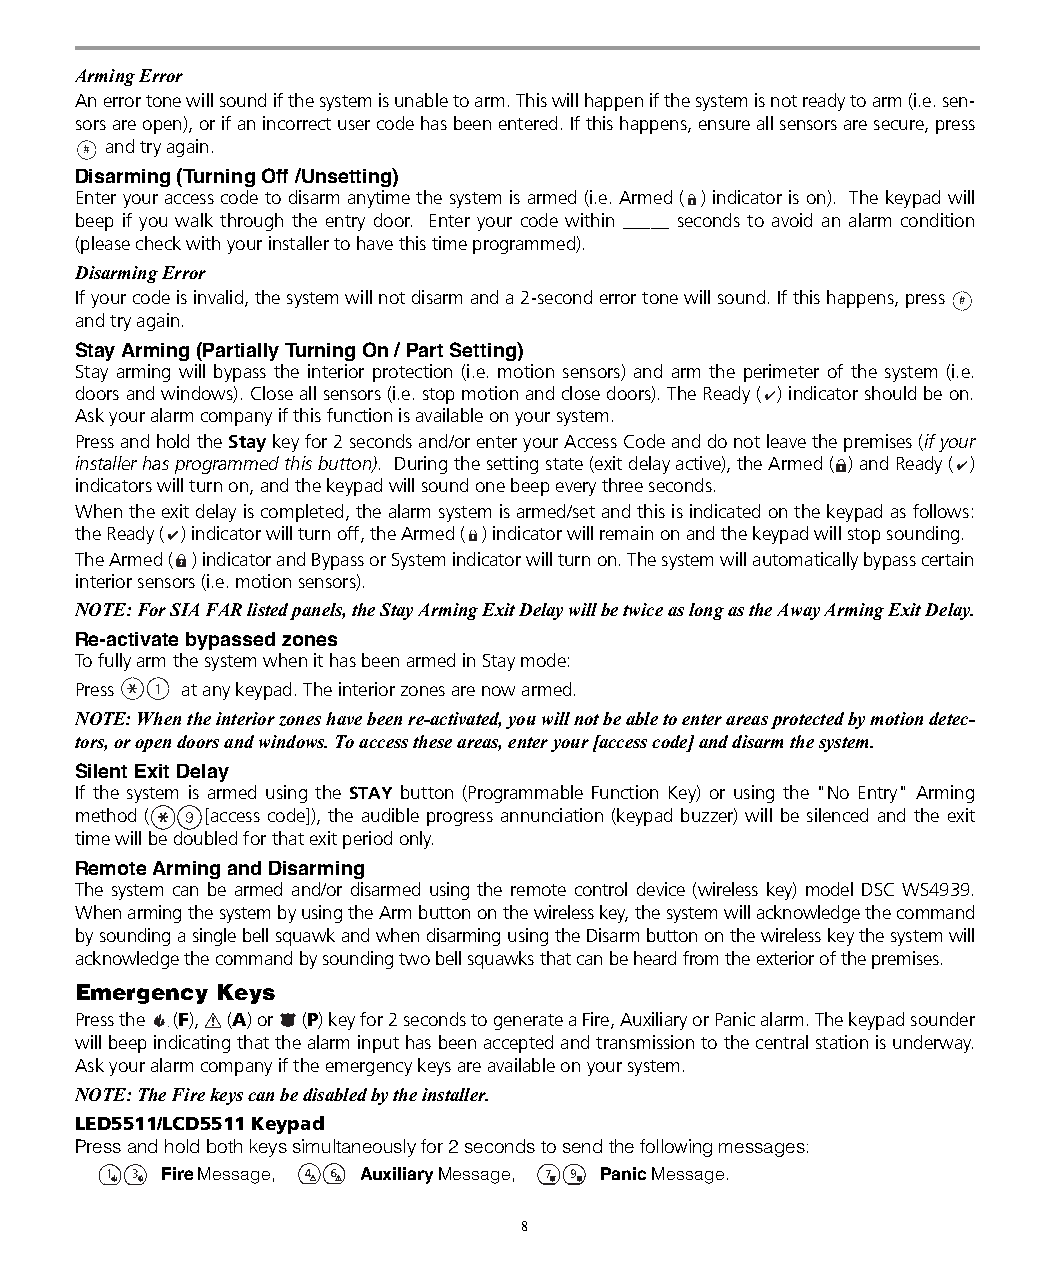
Arming Error
 An error tone will sound if the system is unable to arm. This will happen if the system is not ready to arm (i.e. sen-
 sors are open), or if an incorrect user code has been entered. If this happens, ensure all sensors are secure, press
 and try again.
 Disarming (Turning Off /Unsetting)
 Enter your access code to disarm anytime the system is armed (i.e. Armed ( ) indicator is on). The keypad will
 beep if you walk through the entry door. Enter your code within _____ seconds to avoid an alarm condition
 (please check with your installer to have this time programmed).
 Disarming Error
 If your code is invalid, the system will not disarm and a 2-second error tone will sound. If this happens, press
 and try again.
 Stay Arming (Partially Turning On / Part Setting)
 Stay arming will bypass the interior protection (i.e. motion sensors) and arm the perimeter of the system (i.e.
 doors and windows). Close all sensors (i.e. stop motion and close doors). The Ready ( ) indicator should be on.
 Ask your alarm company if this function is available on your system.
 Press and hold the Stay key for 2 seconds and/or enter your Access Code and do not leave the premises (if your
 installer has programmed this button). During the setting state (exit delay active), the Armed ( ) and Ready ( )
 indicators will turn on, and the keypad will sound one beep every three seconds.
 When the exit delay is completed, the alarm system is armed/set and this is indicated on the keypad as follows:
 the Ready ( ) indicator will turn off, the Armed ( ) indicator will remain on and the keypad will stop sounding.
 The Armed ( ) indicator and Bypass or System indicator will turn on. The system will automatically bypass certain
 interior sensors (i.e. motion sensors).
 NOTE: For SIA FAR listed panels, the Stay Arming Exit Delay will be twice as long as the Away Arming Exit Delay.
 Re-activate bypassed zones
 To fully arm the system when it has been armed in Stay mode:
 Press  at any keypad. The interior zones are now armed.
 NOTE: When the interior zones have been re-activated, you will not be able to enter areas protected by motion detec-
 tors, or open doors and windows. To access these areas, enter your [access code] and disarm the system.
 Silent Exit Delay
 If the system is armed using the STAY button (Programmable Function Key) or using the "No Entry" Arming
 method ( [access code]), the audible progress annunciation (keypad buzzer) will be silenced and the exit
 time will be doubled for that exit period only.
 Remote Arming and Disarming
 The system can be armed and/or disarmed using the remote control device (wireless key) model DSC WS4939.
 When arming the system by using the Arm button on the wireless key, the system will acknowledge the command
 by sounding a single bell squawk and when disarming using the Disarm button on the wireless key the system will
 acknowledge the command by sounding two bell squawks that can be heard from the exterior of the premises.
 Emergency Keys
 Press the (F), (A) or (P) key for 2 seconds to generate a Fire, Auxiliary or Panic alarm. The keypad sounder
 will beep indicating that the alarm input has been accepted and transmission to the central station is underway.
 Ask your alarm company if the emergency keys are available on your system.
 NOTE: The Fire keys can be disabled by the installer.
 LED5511/LCD5511 Keypad
 Press and hold both keys simultaneously for 2 seconds to send the following messages:
 Fire Message, Auxiliary Message, Panic Message.
 8